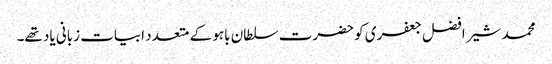
محمد شیر افضل جعفری کو حضرت سلطان باہو کے متعدد ابیات زبانی یاد تھے۔